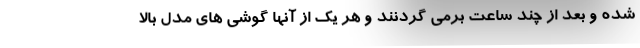
شده و بعد از چند ساعت برمی گردنند و هر یک از آنها گوشی های مدل بالا